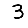
Digit: 3